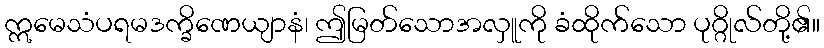
ဣမေသံပရမဒက္ခိဏေယျာနံ၊ ဤမြတ်သောအလှူကို ခံထိုက်သော ပုဂ္ဂိုလ်တို့၏။